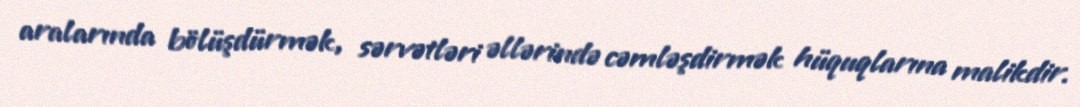
aralarında bölüşdürmək, sərvətləri əllərində cəmləşdirmək hüquqlarına malikdir.